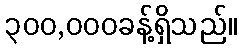
၃၀၀,၀၀၀ခန့်ရှိသည်။